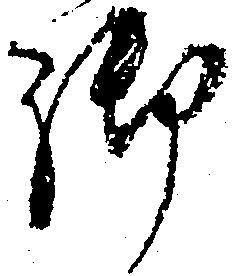
御